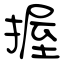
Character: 握